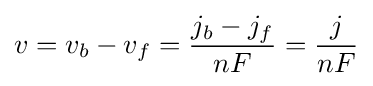
v=v_{b}-v_{f}={\frac {j_{b}-j_{f}}{nF}}={\frac {j}{nF}}